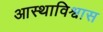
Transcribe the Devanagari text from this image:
आस्थाविश्वास